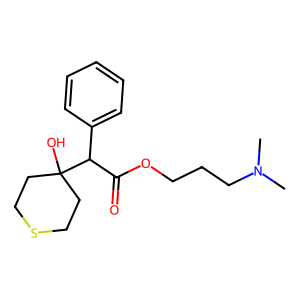
SMILES: CN(C)CCCOC(=O)C(c1ccccc1)C1(O)CCSCC1
Inhibits HIV replication: No